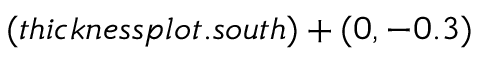
( t h i c k n e s s p l o t . s o u t h ) + ( 0 , - 0 . 3 )